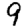
Digit: 9